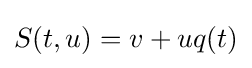
S(t,u)=v+uq(t)